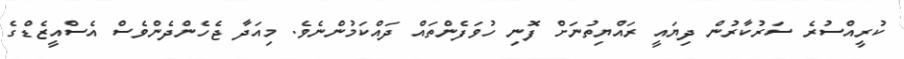
ކުރީއްސުރެ ސަރުކާރުން ދިޔައީ ރައްޔިތުނަށް ފޮނި ހުވަފެންތައް ދައްކަމުންނެވެ. މިއަދާ ޖެހެންދެންވެސް އެސްއީޒެޑްގެ